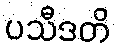
ပသီဒတိ